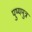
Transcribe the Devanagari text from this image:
पुष्यमुत्र